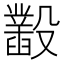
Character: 𣫞